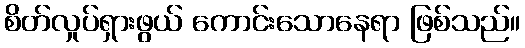
စိတ်လှုပ်ရှားဖွယ် ကောင်းသောနေရာ ဖြစ်သည်။